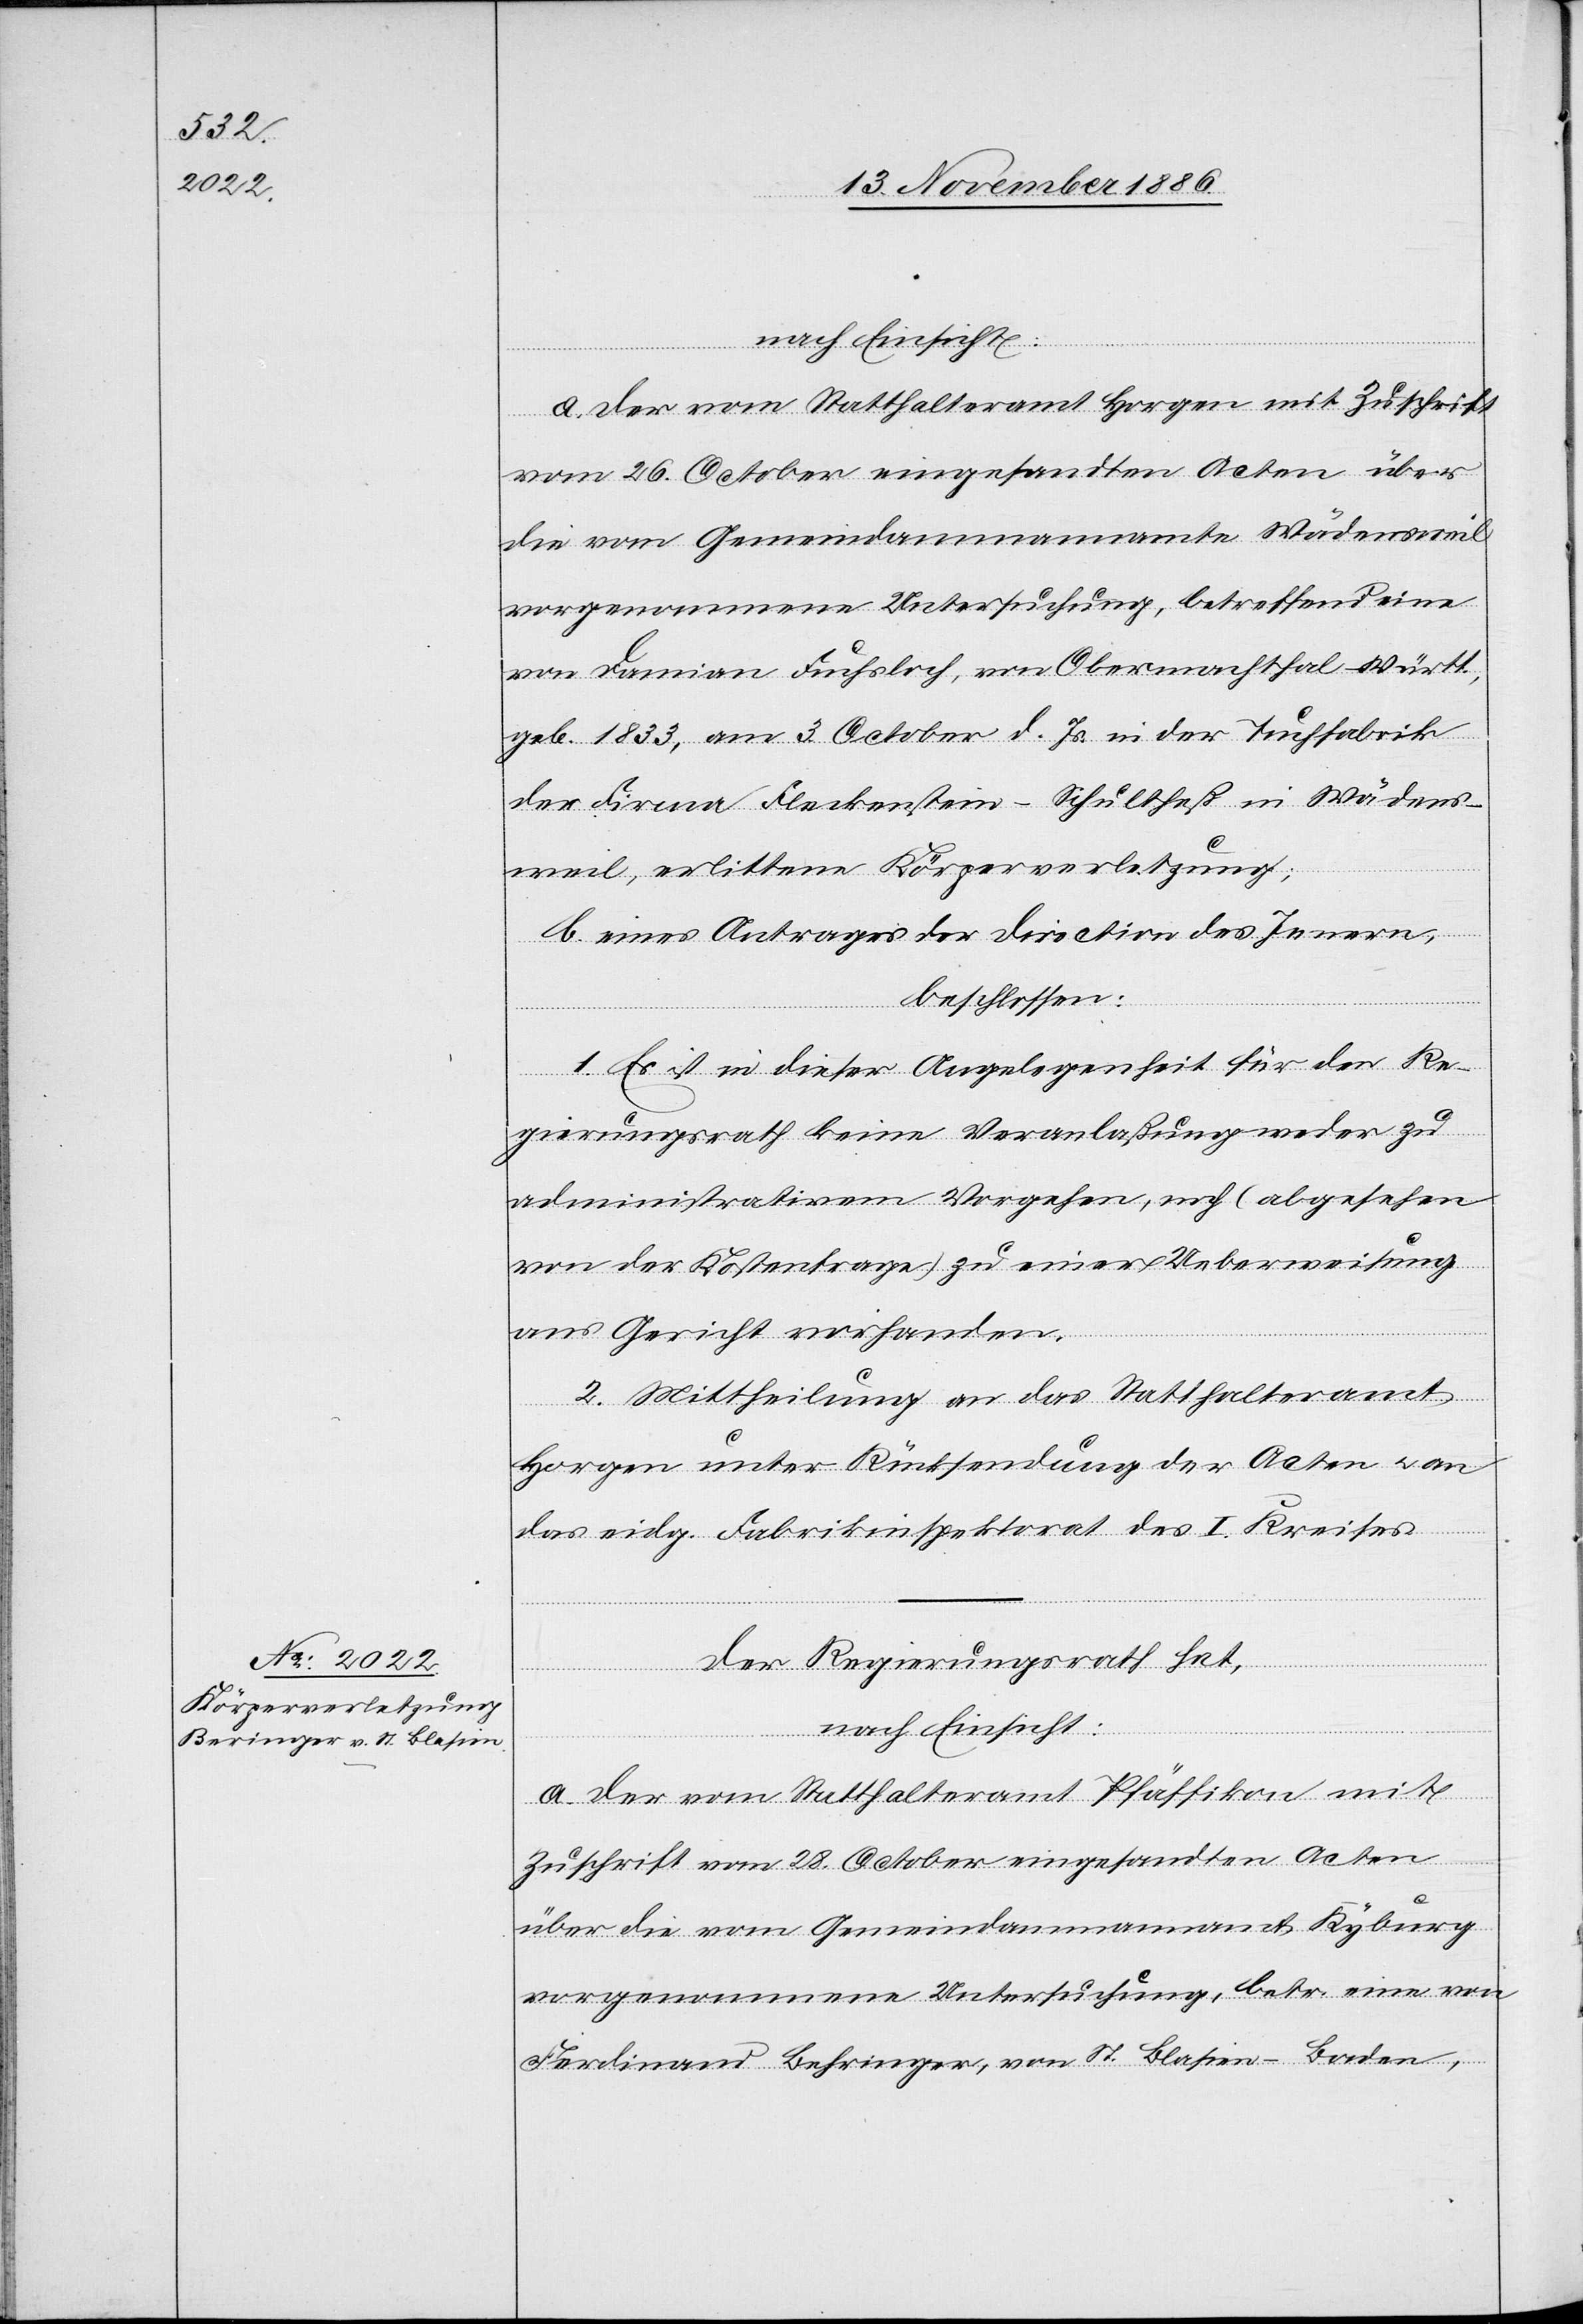
a. der vom Statthalteramt Horgen mit Zuschrift
vom 26. October eingesandten Acten über
die vom Gemeindammannamte Wädensweil
vorgenommene Untersuchung, betreffend eine
von Damian Fuchsloch, von Obermachthal - Württ.,
geb. 1833, am 3. October d. Js. in der Tuchfabrik
der Firma Fleckenstein - Schultheß in Wädens¬
weil, erlittene Körperverletzung;
b. eines Antrages der Direction des Innern,
beschlossen:
1. Es ist in dieser Angelegenheit für den Re¬
gierungsrath keine Veranlaßung weder zu
administrativem Vorgehen, noch (abgesehen
von der Kostenfrage) zu einer Ueberweisung
ans Gericht vorhanden.
2. Mittheilung an das Statthalteramt
Horgen unter Rücksendung der Acten & an
das eidg. Fabrikinspektorat des I. Kreises.
Der Regierungsrath hat,
nach Einsicht:
a. der vom Statthalteramt Pfäffikon mit
Zuschrift vom 28. October eingesandten Acten
über die vom Gemeindammannamt Kyburg
vorgenommene Untersuchung, betr. eine von
Ferdinand Behringer [sic!], von St. Blasien - Baden,